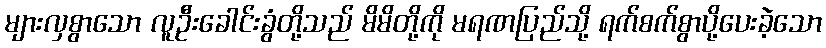
များလှစွာသော လူဦးခေါင်းခွံတို့သည် မိမိတို့ကို မရဏပြည်သို့ ရက်စက်စွာပို့ပေးခဲ့သော